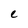
Character: e